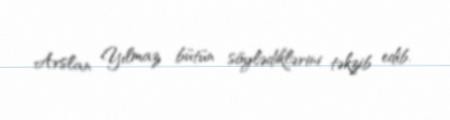
Arslan Yılmaz bütün söylədiklərini təkzib edib.